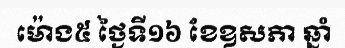
ម៉ោង៥ ថ្ងៃទី១៦ ខែឧសភា ឆ្នាំ